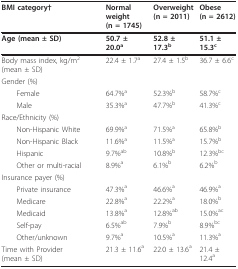
<table><thead><tr><td><b>BMI category†</b></td><td><b>Normal weight(n = 1745)</b></td><td><b>Overweight(n = 2011)</b></td><td><b>Obese(n = 2612)</b></td></tr></thead><tbody><tr><td><b>Age (mean ± SD)</b></td><td><b>50.7 ± 20.0<sup>a</sup></b></td><td><b>52.8 ± 17.3<sup>b</sup></b></td><td><b>51.1 ± 15.3<sup>c</sup></b></td></tr><tr><td>Body mass index, kg/m<sup>2 </sup>(mean ± SD)</td><td>22.4 ± 1.7<sup>a</sup></td><td>27.4 ± 1.5<sup>b</sup></td><td>36.7 ± 6.6<sup>c</sup></td></tr><tr><td>Gender (%)</td><td></td><td></td><td></td></tr><tr><td> Female</td><td>64.7%<sup>a</sup></td><td>52.3%<sup>b</sup></td><td>58.7%<sup>c</sup></td></tr><tr><td> Male</td><td>35.3%<sup>a</sup></td><td>47.7%<sup>b</sup></td><td>41.3%<sup>c</sup></td></tr><tr><td>Race/Ethnicity (%)</td><td></td><td></td><td></td></tr><tr><td> Non-Hispanic White</td><td>69.9%<sup>a</sup></td><td>71.5%<sup>a</sup></td><td>65.8%<sup>b</sup></td></tr><tr><td> Non-Hispanic Black</td><td>11.6%<sup>a</sup></td><td>11.5%<sup>a</sup></td><td>15.7%<sup>b</sup></td></tr><tr><td> Hispanic</td><td>9.7%<sup>ab</sup></td><td>10.8%<sup>b</sup></td><td>12.3%<sup>bc</sup></td></tr><tr><td> Other or multi-racial</td><td>8.9%<sup>a</sup></td><td>6.1%<sup>b</sup></td><td>6.2%<sup>b</sup></td></tr><tr><td>Insurance payer (%)</td><td></td><td></td><td></td></tr><tr><td> Private insurance</td><td>47.3%<sup>a</sup></td><td>46.6%<sup>a</sup></td><td>46.9%<sup>a</sup></td></tr><tr><td> Medicare</td><td>22.8%<sup>a</sup></td><td>22.2%<sup>a</sup></td><td>18.0%<sup>b</sup></td></tr><tr><td> Medicaid</td><td>13.8%<sup>a</sup></td><td>12.8%<sup>ab</sup></td><td>15.0%<sup>ac</sup></td></tr><tr><td> Self-pay</td><td>6.5%<sup>ab</sup></td><td>7.9%<sup>b</sup></td><td>8.9%<sup>bc</sup></td></tr><tr><td> Other/unknown</td><td>9.7%<sup>a</sup></td><td>10.5%<sup>a</sup></td><td>11.3%<sup>a</sup></td></tr><tr><td>Time with Provider (mean ± SD)</td><td>21.3 ± 11.6<sup>a</sup></td><td>22.0 ± 13.6<sup>a</sup></td><td>21.4 ± 12.4<sup>a</sup></td></tr></tbody></table>